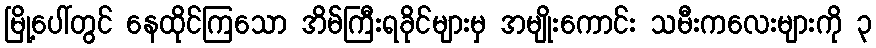
မြို့ပေါ်တွင် နေထိုင်ကြသော အိမ်ကြီးရခိုင်များမှ အမျိုးကောင်း သမီးကလေးများကို ၃